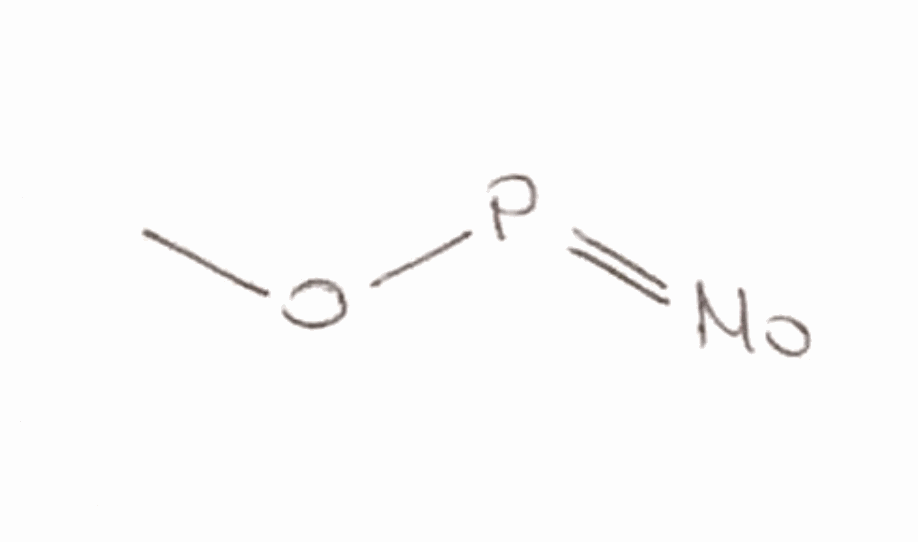
Simplified molecular-input line-entry system (SMILES) notation of the given molecule:
COP=[Mo]